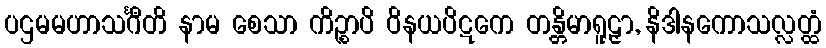
ပဌမမဟာသင်္ဂီတိ နာမ စေသာ ကိဉ္စာပိ ဝိနယပိဋကေ တန္တိမာရူဠှာ, နိဒါနကောသလ္လတ္ထံ